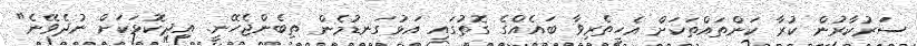
ސަރުކާރުން ކުރާ ކަންތައްތަކަށް އެހީތެރިވާ ބައެއްގެ ގޮތުގައި އަޅުގަނޑުމެން ތިބެންޖެހޭނީ. އިދިކޮޅަކަށް ނުދެވޭނެ"